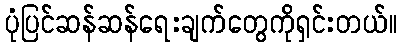
ပုံပြင်ဆန်ဆန်ရေးချက်တွေကိုရှင်းတယ်။